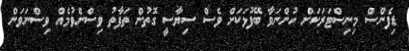
ޑިފެންސް މިނިސްޓަރަކަށް ހުންނަވާ ބޭފުޅަކަށް ވެސް ސިޔާސީ ގޮތުން ތަފާތު ވިސްނެވުމެއް ވިސްނަވަން